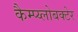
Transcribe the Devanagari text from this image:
कैम्प्य्लोबक्टेर